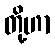
တို့ဟာ